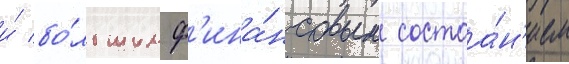
и́ бо́льшим ф'ина́нсовым состоа́н'ием